Madras plague regulations and rules - Volume 2
Disease focus: Plague
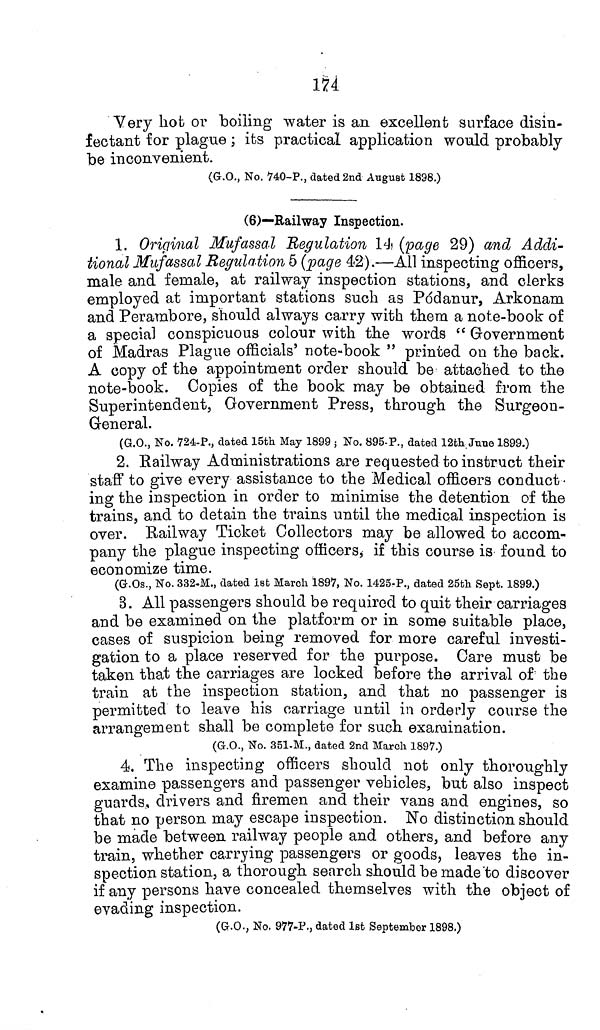
174
Very hot or boiling water is an excellent surface disin-
fectant for plague; its practical application would probably
be inconvenient.
(G.O., No. 740-P., dated 2nd August 1898.)
(6)—Railway Inspection.
1. Original Mufassal Regulation 14 (page 29) and Addi-
tional Mufassal Regulation 5 (page 42).—All inspecting officers,
male and female, at railway inspection stations, and clerks
employed at important stations such as Pódanur, Arkonam
and Perambore, should always carry with them a note-book of
a special conspicuous colour with the words " Government
of Madras Plague officials' note-book " printed on the back.
A copy of the appointment order should be attached to the
note-book. Copies of the book may be obtained from the
Superintendent, Government Press, through the Surgeon-
General.
(G.O., No. 724-P., dated 15th May 1899 ; No. 895-P., dated 12th June 1899.)
2. Railway Administrations are requested to instruct their
staff to give every assistance to the Medical officers conduct-
ing the inspection in order to minimise the detention of the
trains, and to detain the trains until the medical inspection is
over. Railway Ticket Collectors may be allowed to accom-
pany the plague inspecting officers, if this course is found to
economize time.
(G.Os., No. 332-M., dated 1st March 1897, No. 1425-P., dated 25th Sept. 1899.)
3. All passengers should be required to quit their carriages
and be examined on the platform or in some suitable place,
cases of suspicion being removed for more careful investi-
gation to a place reserved for the purpose. Care must be
taken that the carriages are locked before the arrival of the
train at the inspection station, and that no passenger is
permitted to leave his carriage until in orderly course the
arrangement shall be complete for such examination.
(G.O., No. 351-M., dated 2nd March 1897.)
4. The inspecting officers should not only thoroughly
examine passengers and passenger vehicles, but also inspect
guards, drivers and firemen and their vans and engines, so
that no person may escape inspection. No distinction should
be made between railway people and others, and before any
train, whether carrying passengers or goods, leaves the in-
spection station, a thorough search should be made to discover
if any persons have concealed themselves with the object of
evading inspection.
(G.O., No. 977-P., dated 1st September 1898.)